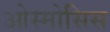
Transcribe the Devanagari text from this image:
ओस्मोसिस